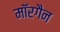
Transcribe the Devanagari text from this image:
मॉरगैन